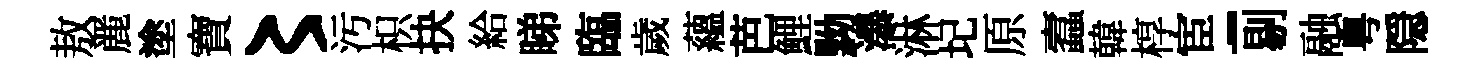
敖䴡塗寶〻汚枳抉給睇臨歲蘊芭鯉黝瀑淋圮原蠧韓椁宦-剔融粤隠